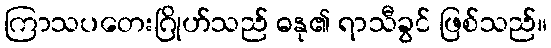
ကြာသပတေးဂြိုဟ်သည် ဓနု၏ ရာသီခွင် ဖြစ်သည်။